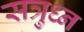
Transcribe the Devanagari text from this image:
सत्रुध्न